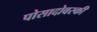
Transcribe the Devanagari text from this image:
पोसादोवस्की